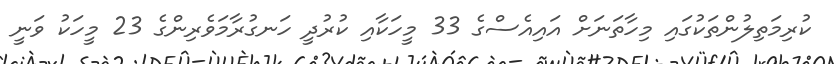
ކުރިމަތިލުންތަކުގައި މިހާތަނަށް އައިއެސްގެ 33 މީހަކާއި ކުރުދީ ހަނގުރާމަވެރިންގެ 23 މީހަކު ވަނީ